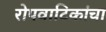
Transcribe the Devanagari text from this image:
रोपवाटिकांचा